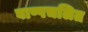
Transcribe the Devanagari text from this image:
बाष्पचलित